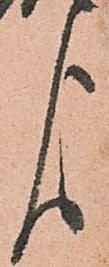
よ